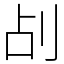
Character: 㓠